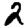
Digit: 2